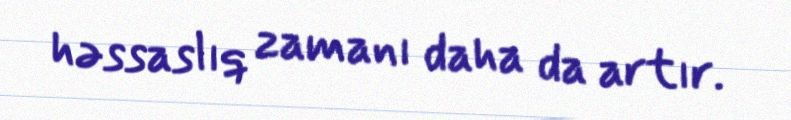
həssaslıq zamanı daha da artır.